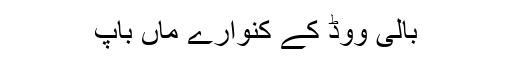
بالی ووڈ کے کنوارے ماں باپ